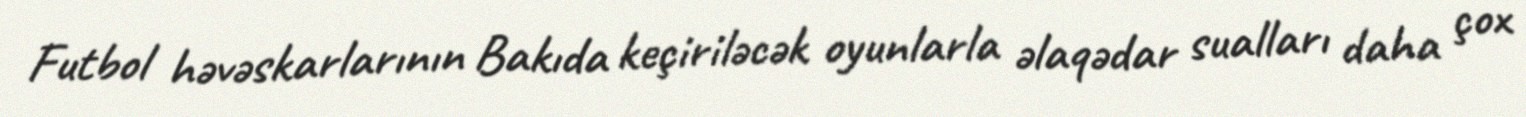
Futbol həvəskarlarının Bakıda keçiriləcək oyunlarla əlaqədar sualları daha çox